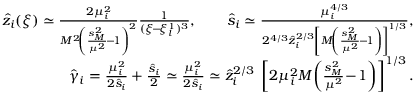
\begin{array} { r } { \hat { z } _ { i } ( \xi ) \simeq \frac { 2 \mu _ { i } ^ { 2 } } { M ^ { 2 } \! \left( \frac { s _ { { \scriptscriptstyle M } } ^ { 2 } } { \mu ^ { 2 } } \! - \! 1 \right) ^ { 2 } } \frac 1 { ( \xi \! - \! \xi _ { l } ^ { 1 } ) ^ { 3 } } , \qquad \hat { s } _ { i } \simeq \frac { \mu _ { i } ^ { 4 / 3 } } { 2 ^ { 4 / 3 } \hat { z } _ { i } ^ { 2 / 3 } \left[ M \! \left( \frac { s _ { { \scriptscriptstyle M } } ^ { 2 } } { \mu ^ { 2 } } \! - \! 1 \right) \right] ^ { 1 / 3 } } , } \\ { \hat { \gamma } _ { i } = \frac { \mu _ { i } ^ { 2 } } { 2 \hat { s } _ { i } } + \frac { \hat { s } _ { i } } 2 \simeq \frac { \mu _ { i } ^ { 2 } } { 2 \hat { s } _ { i } } \simeq \hat { z } _ { i } ^ { 2 / 3 } \: \left[ 2 \mu _ { i } ^ { 2 } M \! \left( \frac { s _ { { \scriptscriptstyle M } } ^ { 2 } } { \mu ^ { 2 } } \! - \! 1 \right) \right] ^ { 1 / 3 } . } \end{array}